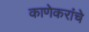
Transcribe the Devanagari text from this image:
काणेकरांचे